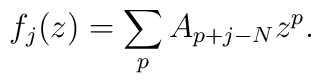
f_j ( z) = \sum_p A_{p+j-N} z^p .